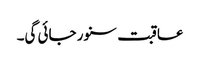
عاقبت سنور جائی گی۔